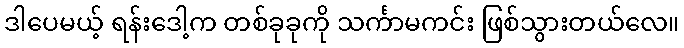
ဒါပေမယ့် ရန်းဒေါ့က တစ်ခုခုကို သင်္ကာမကင်း ဖြစ်သွားတယ်လေ။